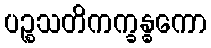
ပဉ္စသတိကက္ခန္ဓကော